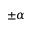
\pm \alpha